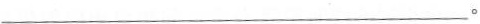
___。